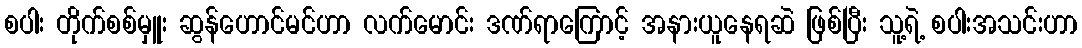
စပါး တိုက်စစ်မှူး ဆွန်ဟောင်မင်ဟာ လက်မောင်း ဒဏ်ရာကြောင့် အနားယူနေရဆဲ ဖြစ်ပြီး သူ့ရဲ့ စပါးအသင်းဟာ